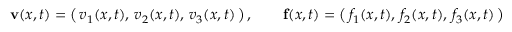
\mathbf { v } ( { \boldsymbol { x } } , t ) = { \big ( } \, v _ { 1 } ( { \boldsymbol { x } } , t ) , \, v _ { 2 } ( { \boldsymbol { x } } , t ) , \, v _ { 3 } ( { \boldsymbol { x } } , t ) \, { \big ) } \, , \qquad \mathbf { f } ( { \boldsymbol { x } } , t ) = { \big ( } \, f _ { 1 } ( { \boldsymbol { x } } , t ) , \, f _ { 2 } ( { \boldsymbol { x } } , t ) , \, f _ { 3 } ( { \boldsymbol { x } } , t ) \, { \big ) }